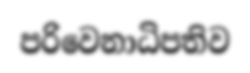
පරිවෙනාධිපතිව